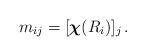
LaTeX: \begin{align*} {m}_{ij} = [\boldsymbol{\chi}(R_{i})]_j \,.\end{align*}